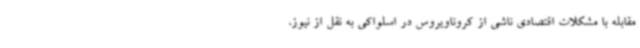
مقابله با مشکلات اقتصادی ناشی از کروناویروس در اسلواکی به نقل از نیوز،